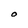
Character: O